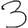
Digit: 3